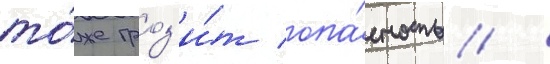
то́же гроз'и́т опа́сность /